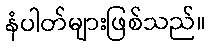
နံပါတ်များဖြစ်သည်။